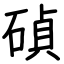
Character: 碵